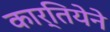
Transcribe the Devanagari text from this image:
कार्तियेने